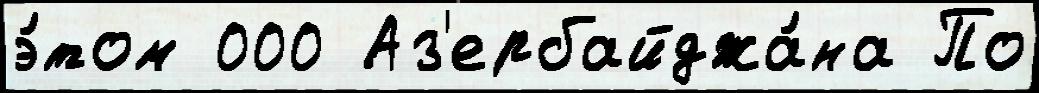
э́том 000 Аз'ербайджа́на По